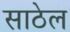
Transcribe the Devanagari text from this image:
साठेल